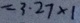
= 3 . 2 7 \times 1